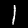
Digit: 1